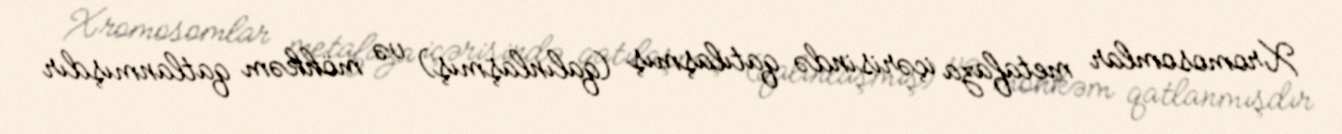
Xromosomlar metafaza içərisində qatılaşmış (qalınlaşmış) və möhkəm qatlanmışdır